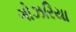
ગોઝરિયા